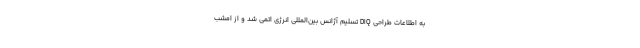
به اطلاعات طراحی DIQ تسلیم آژانس بین‌المللی انرژی اتمی شد و از امشب